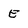
Character: E